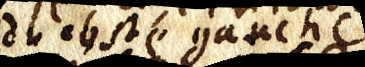
_ gauche